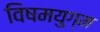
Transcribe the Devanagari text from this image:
विषमयुग्म